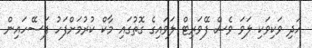
އަދި ވަކިވަކި ލަވަ ވެސް ފޭވަރިޓް ލަވައިގެ ގޮތުގައި މާކް ކުރުމަށްފަހު ފަސޭހައިން